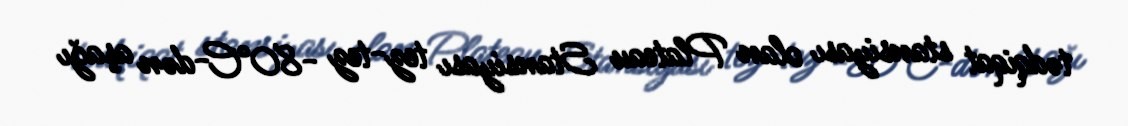
tədqiqat stansiyası olan Plateau Stansiyası tez-tez -80°C-dən aşağı